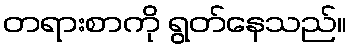
တရားစာကို ရွတ်နေသည်။